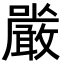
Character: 𭌔